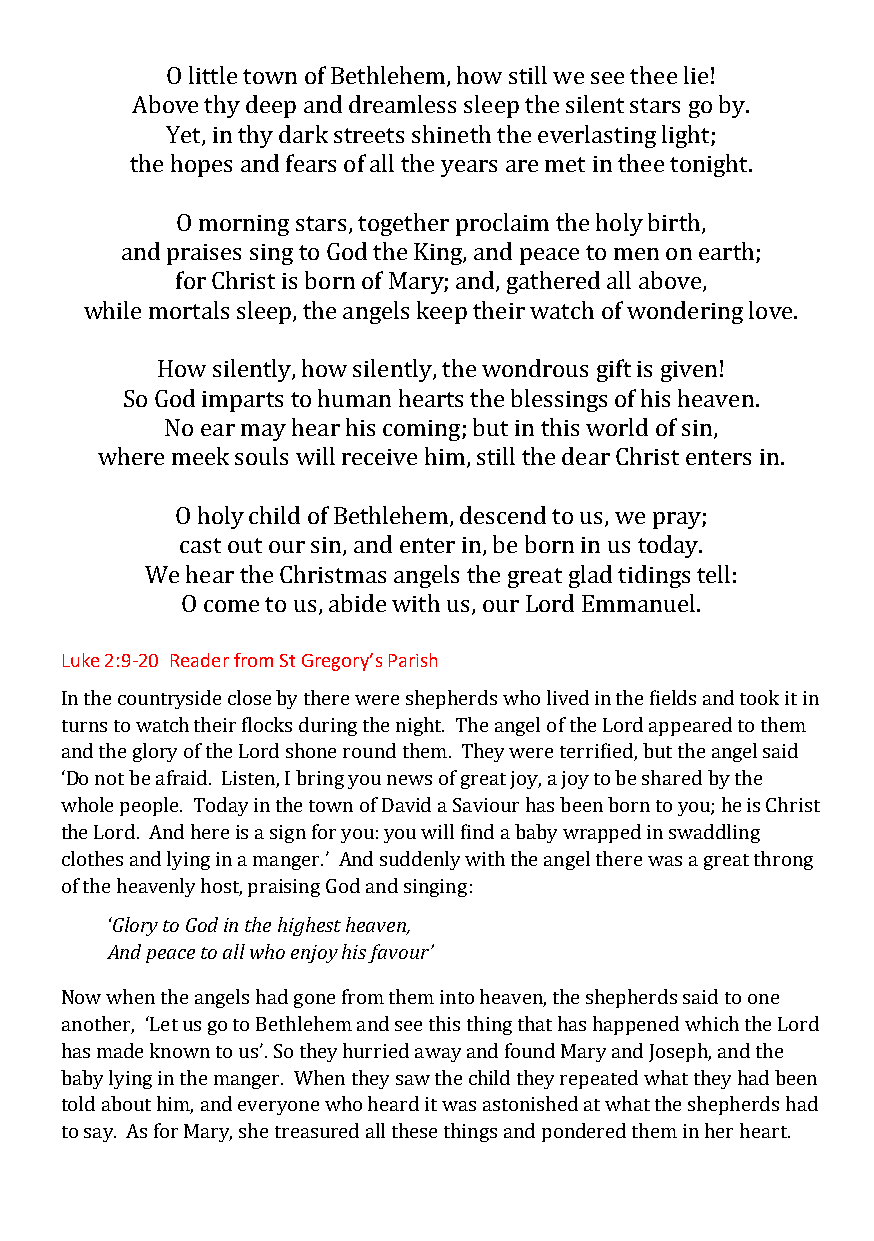
O little town of Bethlehem, how still we see thee lie!
 Above thy deep and dreamless sleep the silent stars go by.
 Yet, in thy dark streets shineth the everlasting light;
 the hopes and fears of all the years are met in thee tonight.
 O morning stars, together proclaim the holy birth,
 and praises sing to God the King, and peace to men on earth;
 for Christ is born of Mary; and, gathered all above,
 while mortals sleep, the angels keep their watch of wondering love.
 How silently, how silently, the wondrous gift is given!
 So God imparts to human hearts the blessings of his heaven.
 No ear may hear his coming; but in this world of sin,
 where meek souls will receive him, still the dear Christ enters in.
 O holy child of Bethlehem, descend to us, we pray;
 cast out our sin, and enter in, be born in us today.
 We hear the Christmas angels the great glad tidings tell:
 O come to us, abide with us, our Lord Emmanuel.
 Luke 2:9-20 Reader from St Gregory’s Parish
 In the countryside close by there were shepherds who lived in the fields and took it in
 turns to watch their flocks during the night. The angel of the Lord appeared to them
 and the glory of the Lord shone round them. They were terrified, but the angel said
 ‘Do not be afraid. Listen, I bring you news of great joy, a joy to be shared by the
 whole people. Today in the town of David a Saviour has been born to you; he is Christ
 the Lord. And here is a sign for you: you will find a baby wrapped in swaddling
 clothes and lying in a manger.’ And suddenly with the angel there was a great throng
 of the heavenly host, praising God and singing:
 ‘Glory to God in the highest heaven,
 And peace to all who enjoy his favour’
 Now when the angels had gone from them into heaven, the shepherds said to one
 another, ‘Let us go to Bethlehem and see this thing that has happened which the Lord
 has made known to us’. So they hurried away and found Mary and Joseph, and the
 baby lying in the manger. When they saw the child they repeated what they had been
 told about him, and everyone who heard it was astonished at what the shepherds had
 to say. As for Mary, she treasured all these things and pondered them in her heart.